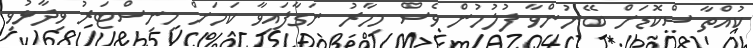
ކުއްތާ ސްކޮޑަށް ބޭނުންވާ ފުލުހުން ވެސް މިހާރު ނަގާފައިވާ ކަމަށް މިނިސްޓަރު ވިދާޅުވި